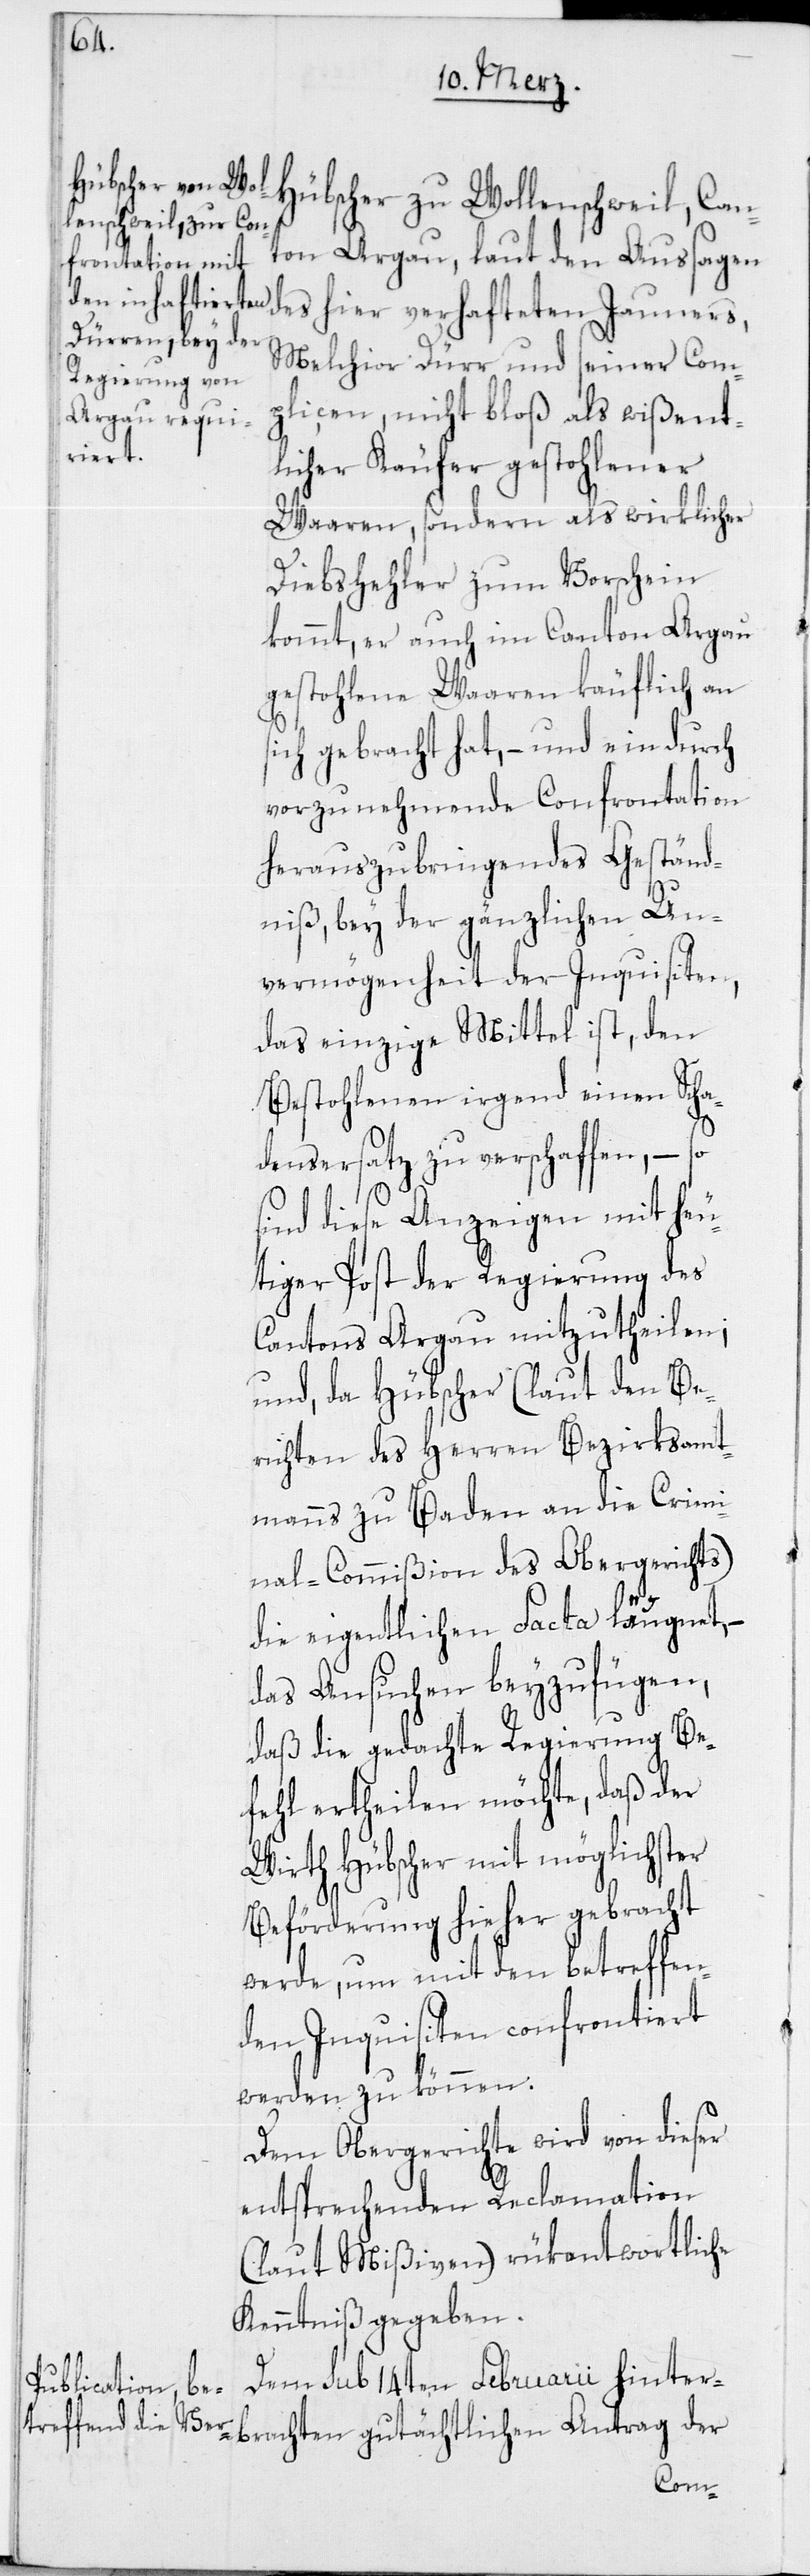
Hübscher zu Wollenschweil, Can¬
ton Argau, laut den Aussagen
des hier verhafteten Jauners,
Melchior Dürr und seiner Com¬
plicen, nicht bloß als wißent¬
brachten
licher Käufer gestohlener
Waaren, sondern als wirklicher
Diebshehler zum Vorschein
kommt, er auch im Canton Aargau
gestohlene Waaren käuflich an
sich gebracht hat, – und ein durch
vorzunehmende Confrontation
herauszubringendes Geständ¬
niß, bey der gänzlichen Un¬
vermögenheit der Inquisiten,
das einzige Mittel ist, den
Bestohlenen irgend einen Scha¬
densersatz zu verschaffen, – so
sind diese Anzeigen mit heu¬
tiger Post der Regierung des
Cantons Argau mitzutheilen;
und, da Hübscher (laut den Be¬
richten des Herren Bezirksammt¬
manns zu Baden an die Crimi¬
nal-Commißion des Obergerichts)
die eigentlichen Facta läugnet, –
das Ansuchen beyzufügen,
daß die gedachte Regierung Be¬
fehl ertheilen möchte, daß der
Wirth Hübscher mit möglichster
Beförderung hieher gebracht
werde, um mit den betreffen¬
den Inquisiten confrontiert
werden zu können.
Dem Obergericht wird von dieser
entsprechenden Reclamation
(laut Mißiven) rükantwortliche
Kenntniß gegeben.
Den sub 14ten Februarii hinter¬